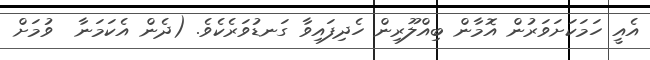
އެއީ ހަމަކަށަވަރުން އޮމާން ބިއްލޫރިން ހެދިފައިވާ ގަނޑުވަރެކެވެ. (ދެން އެކަމަނާ  ވުމަށް